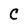
Character: C